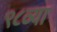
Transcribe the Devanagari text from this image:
९८व्या